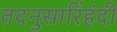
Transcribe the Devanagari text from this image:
तदनुसारिंहंदी